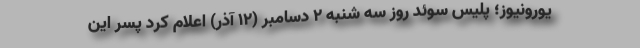
یورونیوز؛ پلیس سوئد روز سه شنبه ۲ دسامبر (۱۲ آذر) اعلام کرد پسر این